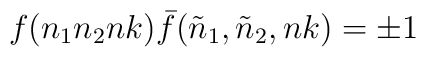
f(n_1n_2nk){\bar f}({\tilde n}_1,{\tilde n}_2,nk)=\pm 1